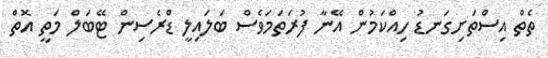
ތެތް އިސްތަށިގަނޑު ހިއްކަމުން އޭނާ ފުރަތަމަވެސް ބަލައިލީ ޑްރެސިން ޓޭބަލް މަތީ އޮތް